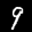
Digit: 9